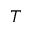
T